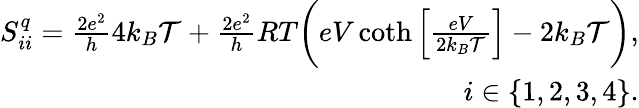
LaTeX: \begin{array}{r}{S_{ii}^{q}=\frac{2e^{2}}{h}4k_{B}\mathcal{T}+\frac{2e^{2}}{h}RT\bigg(eV\coth\left[\frac{eV}{2k_{B}\mathcal{T}}\right]-2k_{B}\mathcal{T}\bigg),}\\ {i\in\{ 1,2,3,4\} .}\end{array}